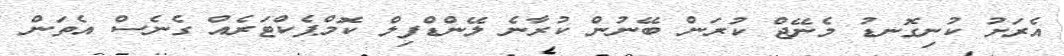
އެރަށު ކުނިގޮނޑު މެނޭޖް ކުރަން ބޭނުން ކުރާނެ ލޭންޑްފިލް ކޮމްޕެކްޓަރެއް ގެނެސް އެތަން